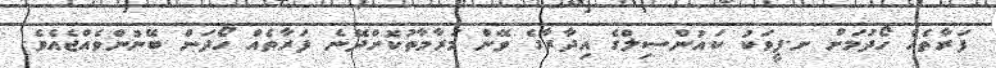
ފަރާތެއް ހޯދުމަށް ށ.ފީވަކު ކައުންސިލްގެ އިދާރާގެ ވޭން މަރާމާތުކޮށްދޭނެ ފަރާތެއް ހޯދަން ބޭނުންވެއްޖެއެވެ.